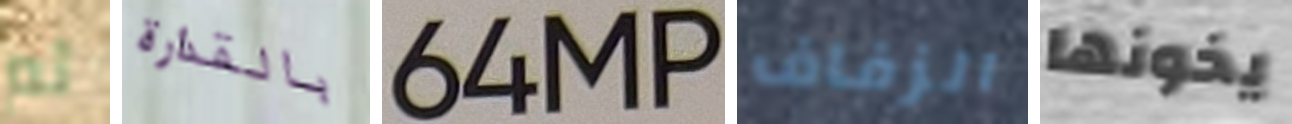
ثم بالقذارة 64MP الزفاف يخونها